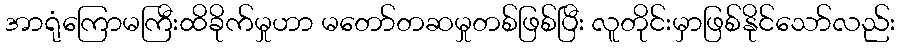
အာရုံကြောမကြီးထိခိုက်မှုဟာ မတော်တဆမှုတစ်ဖြစ်ပြီး လူတိုင်းမှာဖြစ်နိုင်သော်လည်း